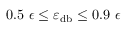
0 . 5 ~ \epsilon \leq \varepsilon _ { \mathrm { d b } } \leq 0 . 9 ~ \epsilon